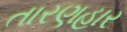
તારણહાર